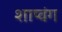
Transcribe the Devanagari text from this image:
शाप्वंग